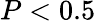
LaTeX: P<0.5